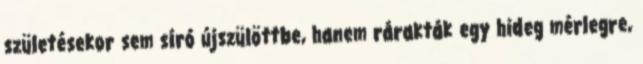
születésekor sem síró újszülöttbe, hanem rárakták egy hideg mérlegre,